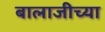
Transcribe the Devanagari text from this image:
बालाजीच्या